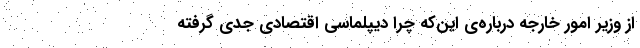
از وزیر امور خارجه درباره‌ی این‌که چرا دیپلماسی اقتصادی جدی گرفته